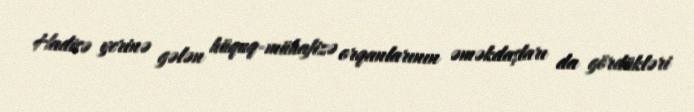
Hadisə yerinə gələn hüquq-mühafizə orqanlarının əməkdaşları da gördükləri